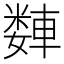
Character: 𫏻